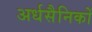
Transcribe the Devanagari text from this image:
अर्धसैनिकों